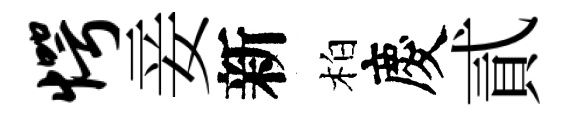
愕妾新柏慶貳